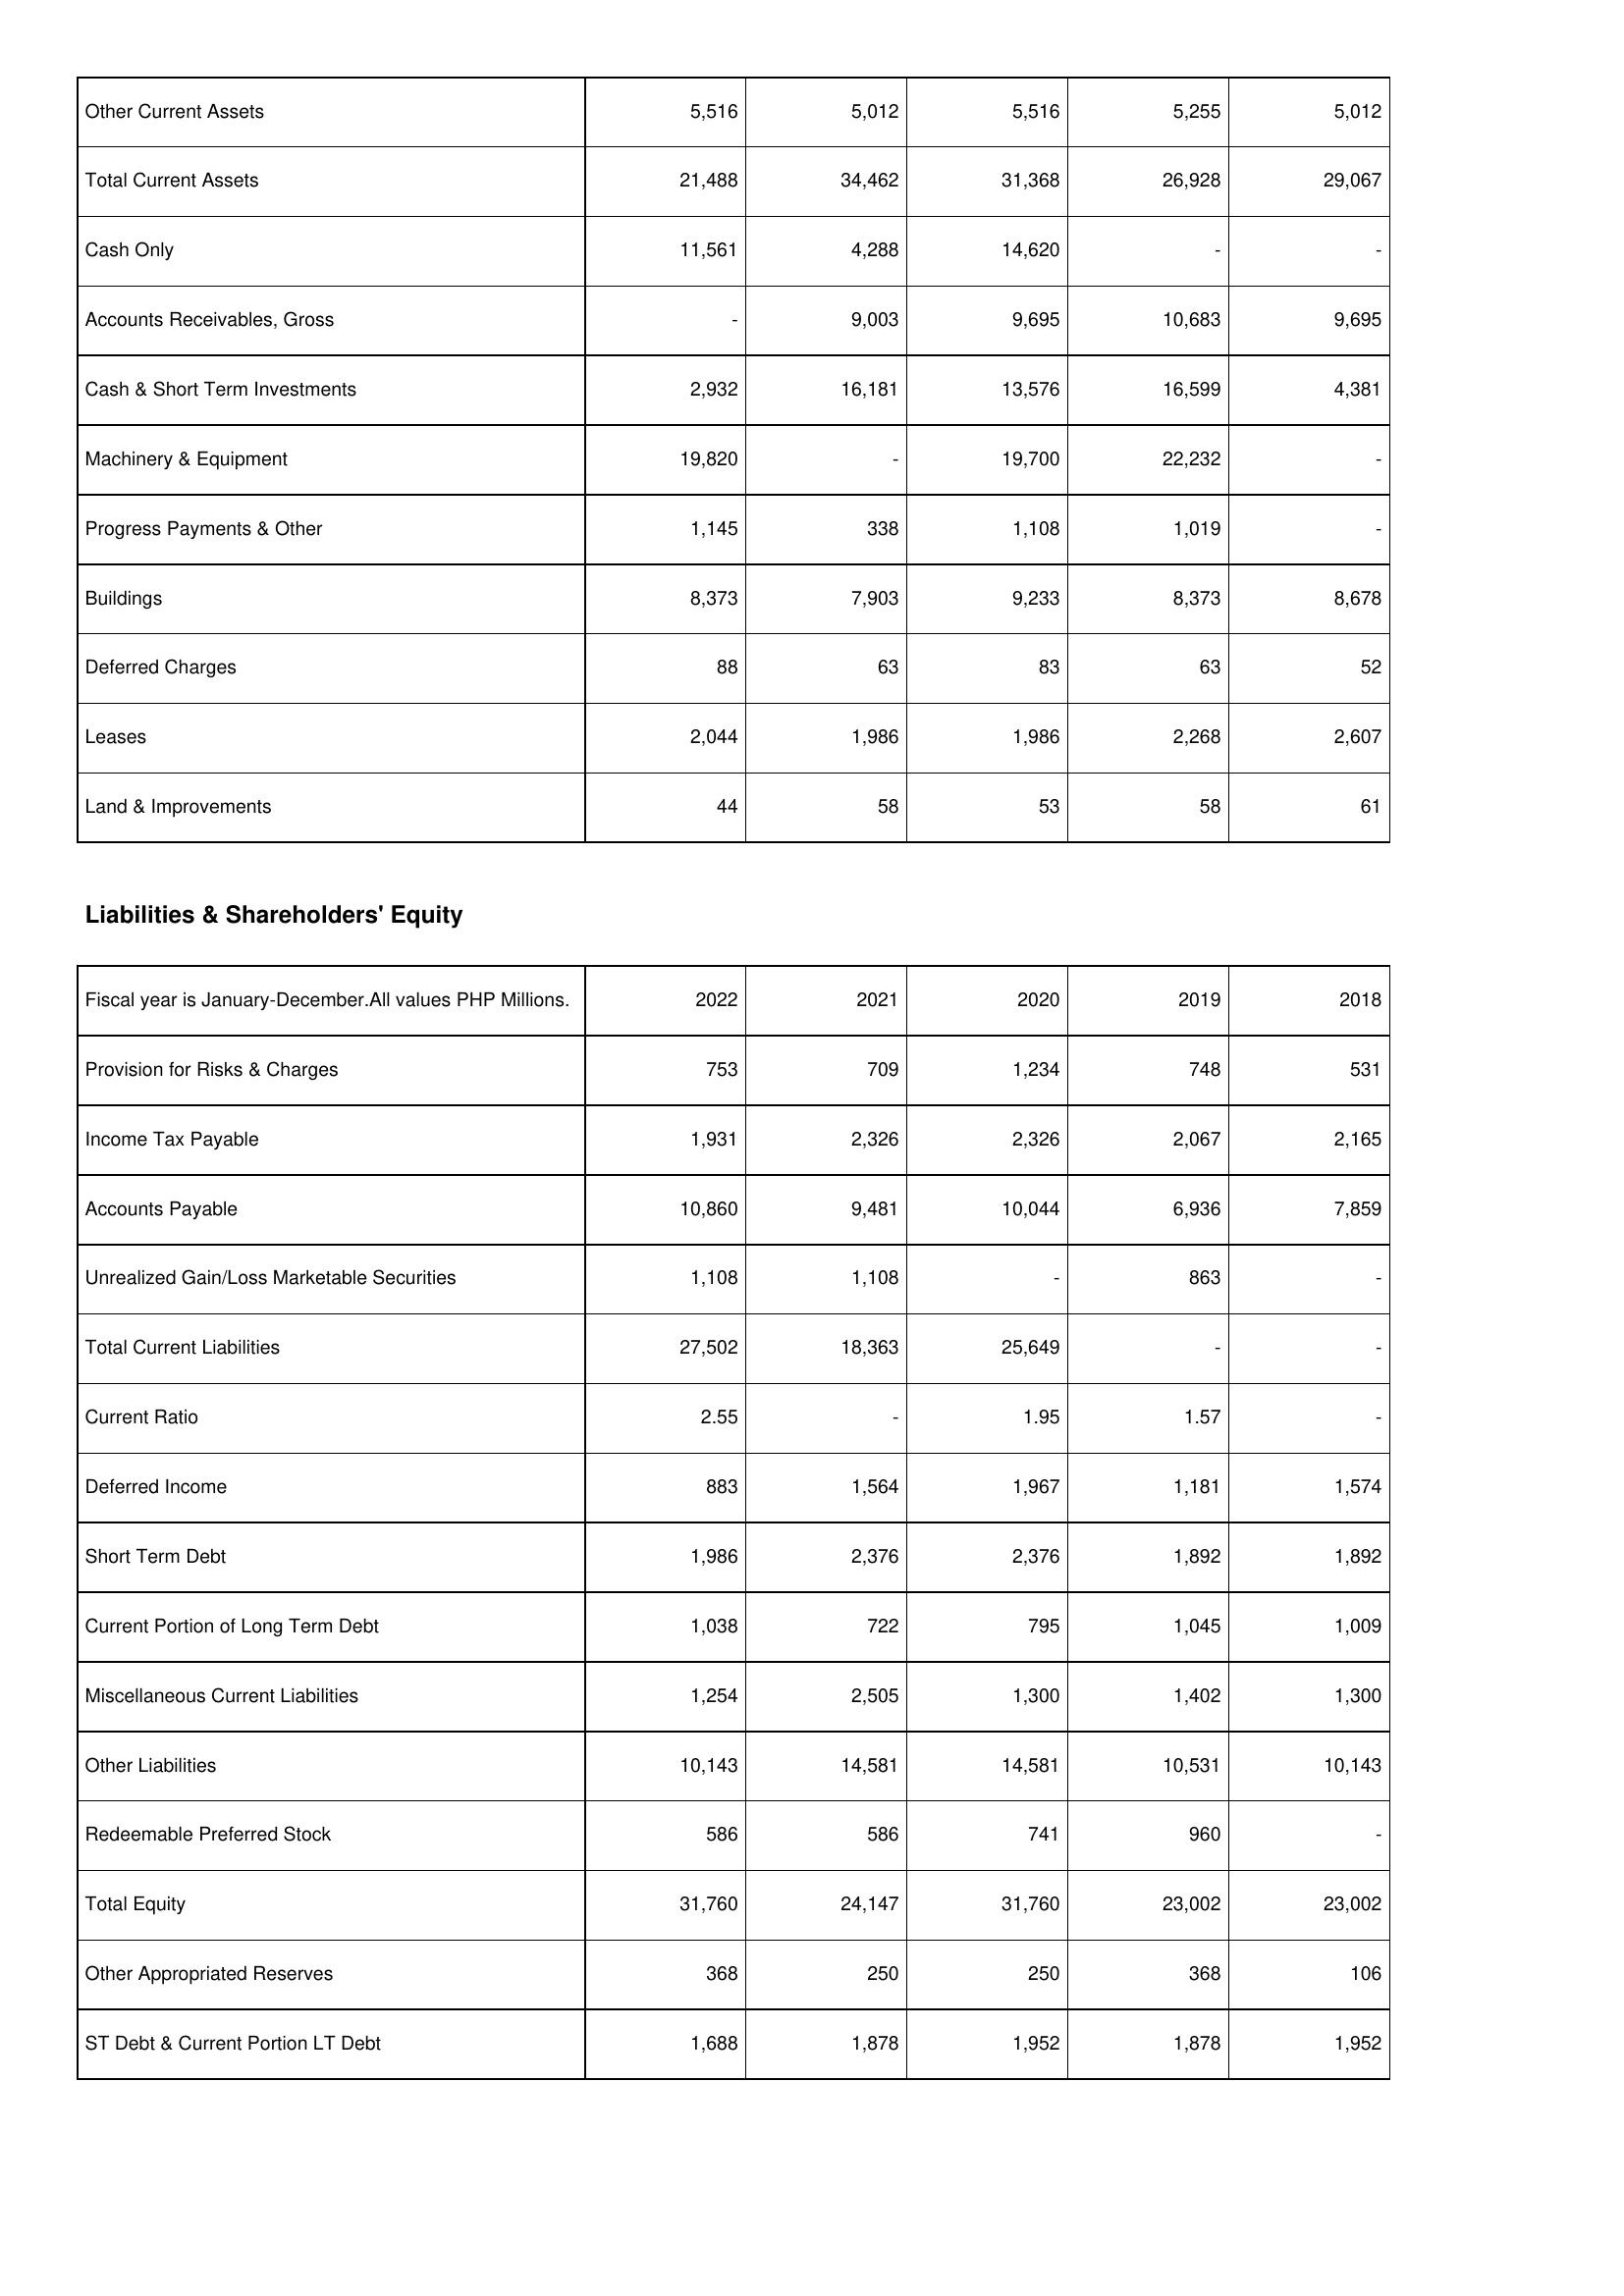
2022: Assets: Other Current Assets: 5,516
Total Current Assets: 21,488
Cash Only: 11,561
Accounts Receivables, Gross: -
Cash & Short Term Investments: 2,932
Machinery & Equipment: 19,820
Progress Payments & Other: 1,145
Buildings: 8,373
Deferred Charges: 88
Leases: 2,044
Land & Improvements: 44
Liabilities & Shareholders' Equity: Provision for Risks & Charges: 753
Income Tax Payable: 1,931
Accounts Payable: 10,860
Unrealized Gain/Loss Marketable Securities: 1,108
Total Current Liabilities: 27,502
Current Ratio: 2.55
Deferred Income: 883
Short Term Debt: 1,986
Current Portion of Long Term Debt: 1,038
Miscellaneous Current Liabilities: 1,254
Other Liabilities: 10,143
Redeemable Preferred Stock: 586
Total Equity: 31,760
Other Appropriated Reserves: 368
ST Debt & Current Portion LT Debt: 1,688
2021: Assets: Other Current Assets: 5,012
Total Current Assets: 34,462
Cash Only: 4,288
Accounts Receivables, Gross: 9,003
Cash & Short Term Investments: 16,181
Machinery & Equipment: -
Progress Payments & Other: 338
Buildings: 7,903
Deferred Charges: 63
Leases: 1,986
Land & Improvements: 58
Liabilities & Shareholders' Equity: Provision for Risks & Charges: 709
Income Tax Payable: 2,326
Accounts Payable: 9,481
Unrealized Gain/Loss Marketable Securities: 1,108
Total Current Liabilities: 18,363
Current Ratio: -
Deferred Income: 1,564
Short Term Debt: 2,376
Current Portion of Long Term Debt: 722
Miscellaneous Current Liabilities: 2,505
Other Liabilities: 14,581
Redeemable Preferred Stock: 586
Total Equity: 24,147
Other Appropriated Reserves: 250
ST Debt & Current Portion LT Debt: 1,878
2020: Assets: Other Current Assets: 5,516
Total Current Assets: 31,368
Cash Only: 14,620
Accounts Receivables, Gross: 9,695
Cash & Short Term Investments: 13,576
Machinery & Equipment: 19,700
Progress Payments & Other: 1,108
Buildings: 9,233
Deferred Charges: 83
Leases: 1,986
Land & Improvements: 53
Liabilities & Shareholders' Equity: Provision for Risks & Charges: 1,234
Income Tax Payable: 2,326
Accounts Payable: 10,044
Unrealized Gain/Loss Marketable Securities: -
Total Current Liabilities: 25,649
Current Ratio: 1.95
Deferred Income: 1,967
Short Term Debt: 2,376
Current Portion of Long Term Debt: 795
Miscellaneous Current Liabilities: 1,300
Other Liabilities: 14,581
Redeemable Preferred Stock: 741
Total Equity: 31,760
Other Appropriated Reserves: 250
ST Debt & Current Portion LT Debt: 1,952
2019: Assets: Other Current Assets: 5,255
Total Current Assets: 26,928
Cash Only: -
Accounts Receivables, Gross: 10,683
Cash & Short Term Investments: 16,599
Machinery & Equipment: 22,232
Progress Payments & Other: 1,019
Buildings: 8,373
Deferred Charges: 63
Leases: 2,268
Land & Improvements: 58
Liabilities & Shareholders' Equity: Provision for Risks & Charges: 748
Income Tax Payable: 2,067
Accounts Payable: 6,936
Unrealized Gain/Loss Marketable Securities: 863
Total Current Liabilities: -
Current Ratio: 1.57
Deferred Income: 1,181
Short Term Debt: 1,892
Current Portion of Long Term Debt: 1,045
Miscellaneous Current Liabilities: 1,402
Other Liabilities: 10,531
Redeemable Preferred Stock: 960
Total Equity: 23,002
Other Appropriated Reserves: 368
ST Debt & Current Portion LT Debt: 1,878
2018: Assets: Other Current Assets: 5,012
Total Current Assets: 29,067
Cash Only: -
Accounts Receivables, Gross: 9,695
Cash & Short Term Investments: 4,381
Machinery & Equipment: -
Progress Payments & Other: -
Buildings: 8,678
Deferred Charges: 52
Leases: 2,607
Land & Improvements: 61
Liabilities & Shareholders' Equity: Provision for Risks & Charges: 531
Income Tax Payable: 2,165
Accounts Payable: 7,859
Unrealized Gain/Loss Marketable Securities: -
Total Current Liabilities: -
Current Ratio: -
Deferred Income: 1,574
Short Term Debt: 1,892
Current Portion of Long Term Debt: 1,009
Miscellaneous Current Liabilities: 1,300
Other Liabilities: 10,143
Redeemable Preferred Stock: -
Total Equity: 23,002
Other Appropriated Reserves: 106
ST Debt & Current Portion LT Debt: 1,952